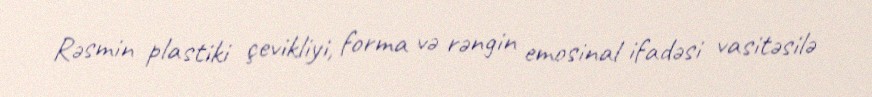
Rəsmin plastiki çevikliyi, forma və rəngin emosinal ifadəsi vasitəsilə